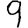
Digit: 9